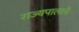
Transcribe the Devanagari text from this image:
राज्यपालाने